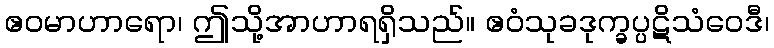
ဧဝမာဟာရော၊ ဤသို့အာဟာရရှိသည်။ ဧဝံသုခဒုက္ခပ္ပဋိသံဝေဒီ၊